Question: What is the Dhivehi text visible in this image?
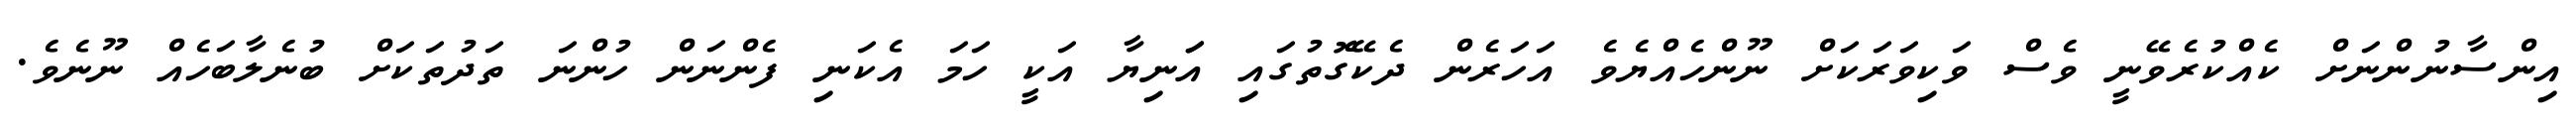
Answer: އިންސާނުންނަށް ކެއްކުރެވޭނީ ވެސް ވަކިވަރަކަށް ނޫންހެއްޔެވެ އަހަރެން ދެކޭގޮތުގައި އަަނިޔާ އަކީ ހަމަ އެކަނި ފެންނަން ހުންނަ ތަދުތަކަށް ބުނެލާބަހެއް ނޫނެވެ.